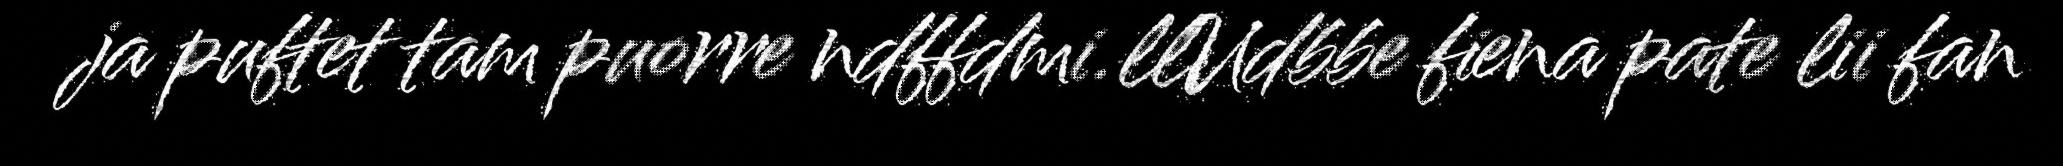
ja puftet tam puorre ndffdmi.llUdbbe fiena pate lii fan